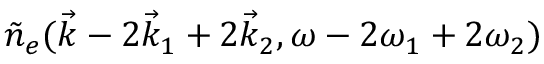
\tilde { n } _ { e } ( \vec { k } - 2 \vec { k } _ { 1 } + 2 \vec { k } _ { 2 } , \omega - 2 \omega _ { 1 } + 2 \omega _ { 2 } )